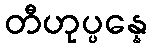
တီဟုပ္ပန္နေ